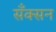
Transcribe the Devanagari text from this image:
सँक्सन